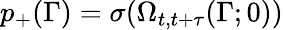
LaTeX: p_{+}(\Gamma)=\sigma(\Omega_{t,t+\tau}(\Gamma;0))